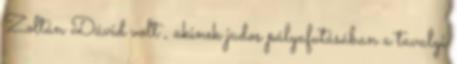
Zoltán Dávid volt , akinek judos pályafutásában a tavalyi